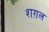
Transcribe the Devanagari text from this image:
शग़ल